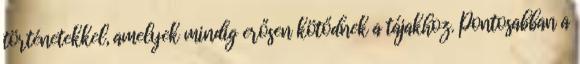
történetekkel, amelyek mindig erősen kötődnek a tájakhoz. Pontosabban a